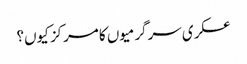
عسکری سرگرمیوں کا مرکز کیوں؟